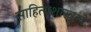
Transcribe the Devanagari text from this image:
साहित्यशास्त्राचे